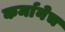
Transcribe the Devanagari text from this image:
कर्मानेच